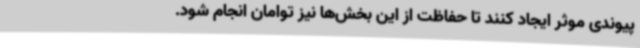
پیوندی موثر ایجاد کنند تا حفاظت از این بخش‌ها نیز توامان انجام شود.